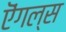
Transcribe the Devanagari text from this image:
ऎंगल्स